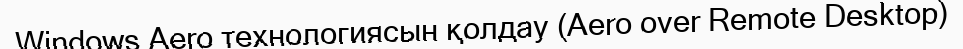
Windows Aero технологиясын қолдау (Aero over Remote Desktop)